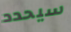
سيحدد